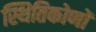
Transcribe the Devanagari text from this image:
स्थितिकोणों